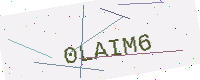
Text: 0LAIM6